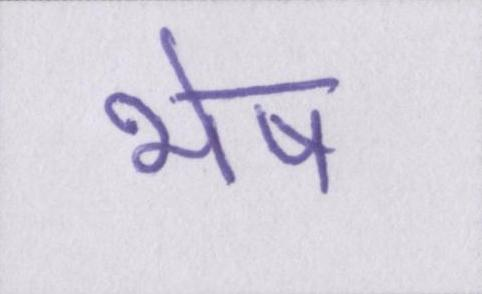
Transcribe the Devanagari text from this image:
भेष